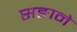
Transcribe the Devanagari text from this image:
सङाने